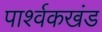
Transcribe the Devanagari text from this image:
पार्श्वकखंड